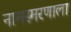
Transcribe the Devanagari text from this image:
नामस्मरणाला